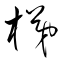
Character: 梯